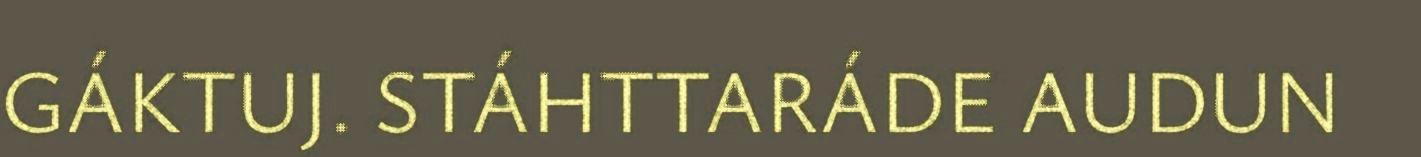
GÁKTUJ. STÁHTTARÁDE AUDUN